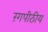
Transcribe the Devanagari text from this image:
रंगपीठीय